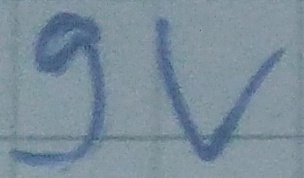
Text: 9v